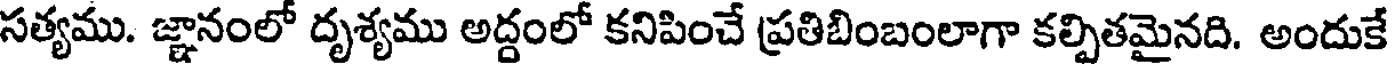
సత్యము. జ్ఞానంలో దృశ్యము అద్దంలో కనిపించే ప్రతిబింబంలాగా కల్పితమైనది. అందుకే